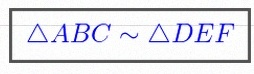
\triangle ABC\sim\triangle DEF